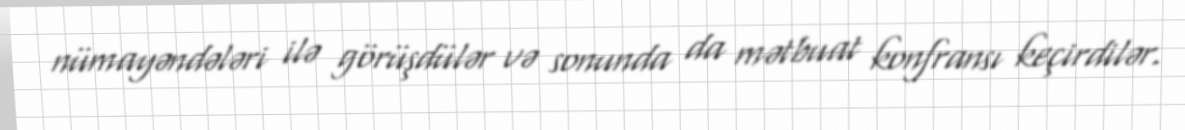
nümayəndələri ilə görüşdülər və sonunda da mətbuat konfransı keçirdilər.